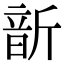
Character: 𩐙